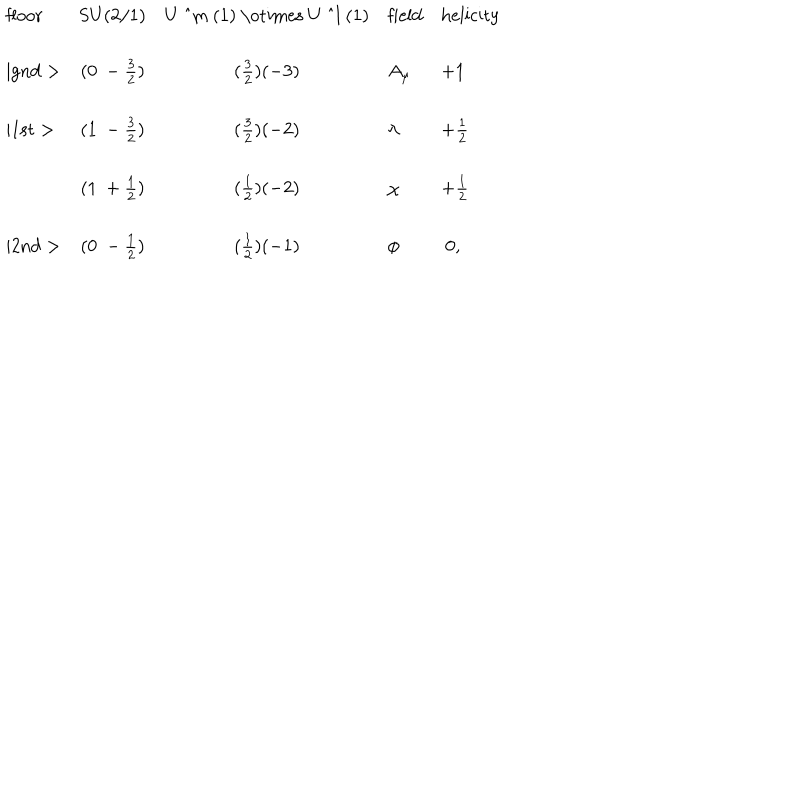
LaTeX: \begin{array} { l c c l l } { { \mathrm { f l o o r } } } & { { \mathrm { S U ( 2 / 1 ) } } } & { { \mathrm { U ~ ^ { m } ~ ( 1 ) ~ \otimes ~ U ~ ^ { l } ~ ( 1 ) } } } & { { \mathrm { f i e l d } } } & { { \mathrm { h e l i c i t y } } } \\ { { \mid \mathrm { g n d } > } } & { { ( 0 ~ - \frac { 3 } { 2 } ) } } & { { ( \frac { 3 } { 2 } ) ( - 3 ) } } & { { A _ { \mu } } } & { { + 1 } } \\ { { \mid \mathrm { 1 s t } > } } & { { ( 1 ~ - \frac { 3 } { 2 } ) } } & { { ( \frac { 3 } { 2 } ) ( - 2 ) } } & { { \lambda } } & { { + \frac { 1 } { 2 } } } \\ { { } } & { { ( 1 ~ + \frac { 1 } { 2 } ) } } & { { ( \frac { 1 } { 2 } ) ( - 2 ) } } & { { \chi } } & { { + \frac { 1 } { 2 } } } \\ { { \mid \mathrm { 2 n d } > } } & { { ( 0 ~ - \frac { 1 } { 2 } ) } } & { { ( \frac { 1 } { 2 } ) ( - 1 ) } } & { { \phi } } & { { ~ 0 , } } \\ \end{array}